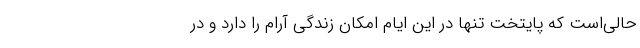
حالی‌است که پایتخت تنها در این ایام امکان زندگی آرام را دارد و در